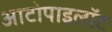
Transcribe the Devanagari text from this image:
आटोपाइलॉट